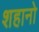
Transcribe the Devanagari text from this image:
शहानो